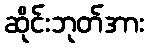
ဆိုင်းဘုတ်အား